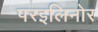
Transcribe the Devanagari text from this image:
परइलिनोर